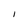
Character: I